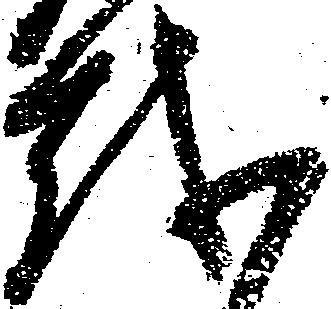
越